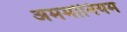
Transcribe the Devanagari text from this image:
अममोनियम